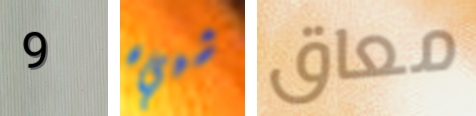
9 شييء معاق